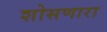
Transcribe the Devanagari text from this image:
शोसणारा